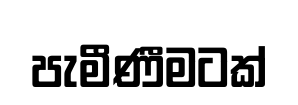
පැමීණීමටක්